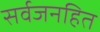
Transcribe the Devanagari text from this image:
सर्वजनहित